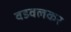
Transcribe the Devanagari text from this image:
वडवलकर